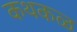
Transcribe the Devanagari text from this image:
कथकळ